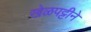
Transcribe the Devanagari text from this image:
खेळपट्टीने